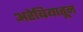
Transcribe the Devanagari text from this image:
अरेबियातून